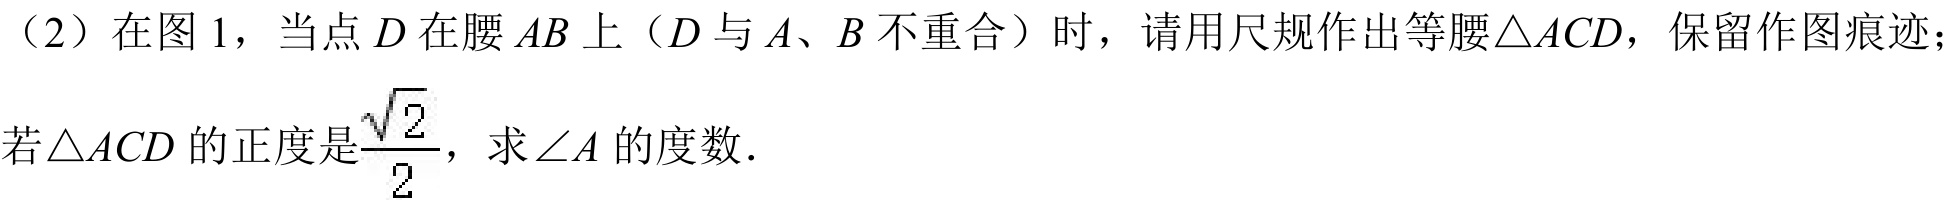
（2）在图 1，当点$D$在腰$AB$上（$D$与$A$、$B$不重合）时，请用尺规作出等腰$\triangle ACD$，保留作图痕迹；
若$\triangle ACD$的正度是$\frac{\sqrt{2}}{2}$，求$\angle A$的度数.